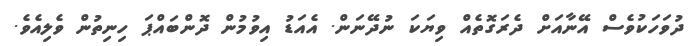
ދުވަހަކުވެސް އޭނާއަށް ދެރަގޮތެއް ވިޔަކަ ނުދޭނަން. އެއަޑު އިވުމުން ދޮންބައްޕަ ހިނިތުން ވެލިއެވެ.